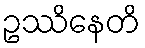
ဥဿိနေတိ